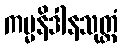
ကမ္မနိဒါနသုတ္တံ